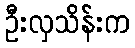
ဦးလှသိန်းက